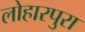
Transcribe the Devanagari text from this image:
लोहारपुरा